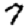
Digit: 7